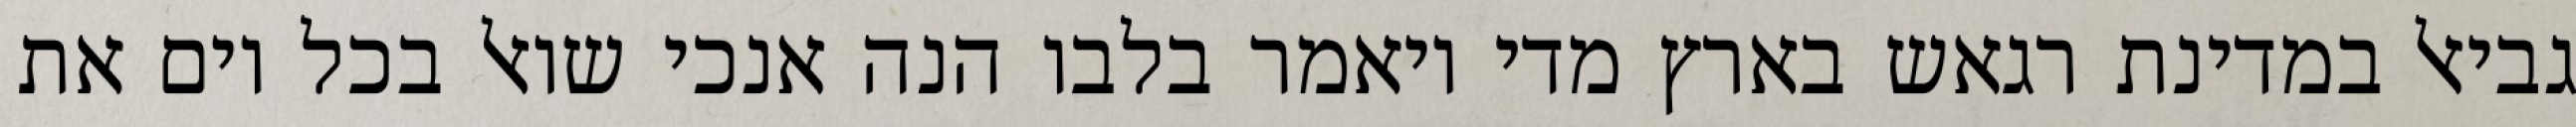
גביאל במדינת רגאש בארץ מדי ויאמר בלבו הנה אנכי שואל בכל יום את